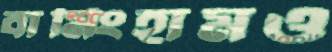
বার্মিংহামও